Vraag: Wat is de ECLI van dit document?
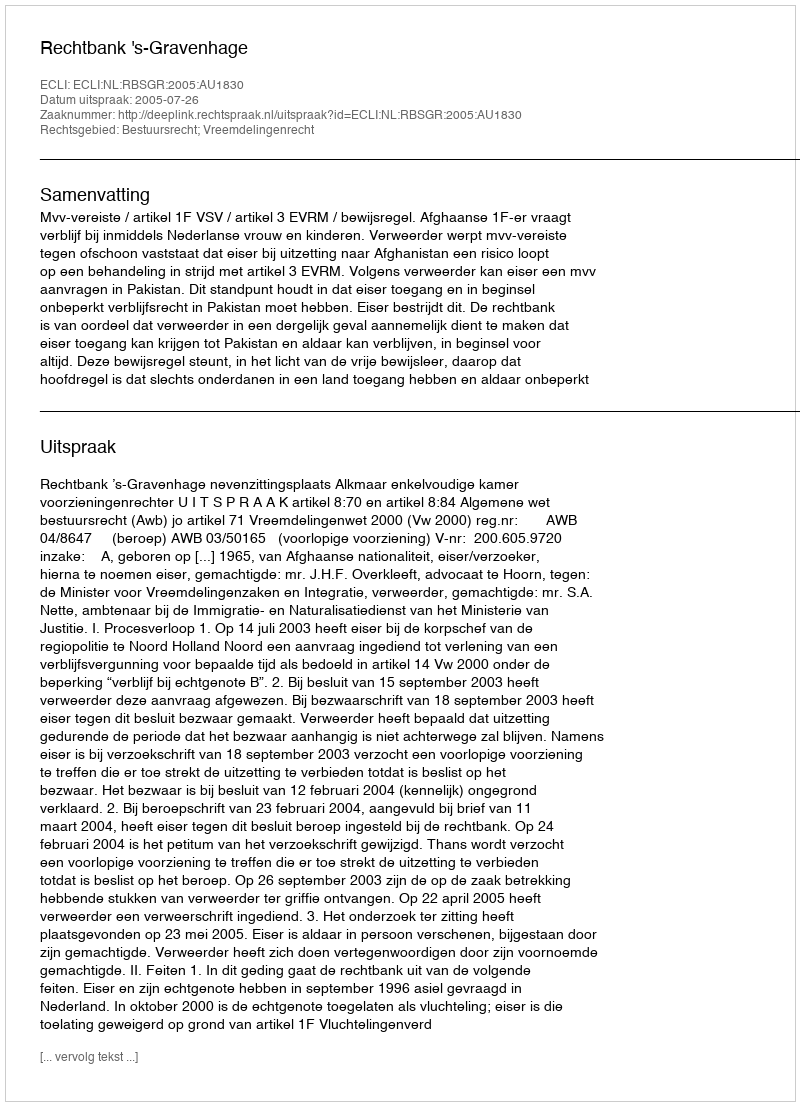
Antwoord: ECLI:NL:RBSGR:2005:AU1830